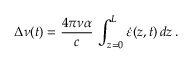
\Delta \nu ( t ) = \frac { 4 \pi \nu \alpha } { c } \, \int _ { z = 0 } ^ { L } \dot { \varepsilon } ( z , t ) \, d z \, .